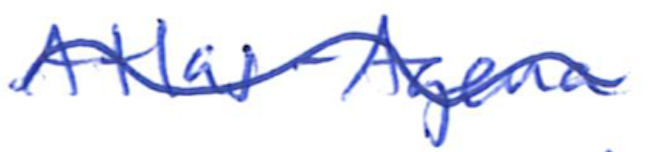
Text: Atlas-Agena
Cross-out: wave
Writing tool: ballpoint